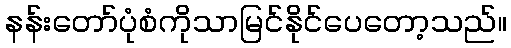
နန်းတော်ပုံစံကိုသာမြင်နိုင်ပေတော့သည်။